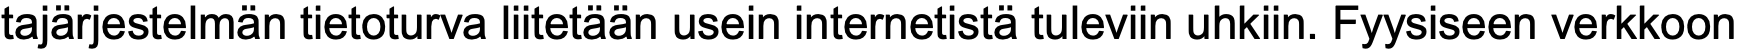
tajärjestelmän tietoturva liitetään usein internetistä tuleviin uhkiin. Fyysiseen verkkoon